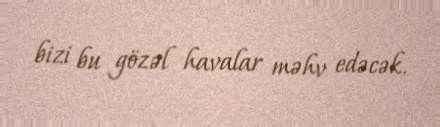
bizi bu gözəl havalar məhv edəcək.